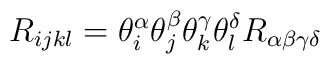
R_{ijkl}=\theta^{\alpha}_{i}\theta^{\beta}_{j}\theta^{\gamma}_{k}\theta^{\delta}_{l} R_{\alpha\beta\gamma\delta}